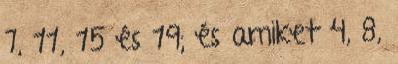
7, 11, 15 és 19; és amiket 4, 8,